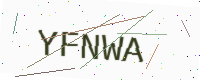
Text: YFNWA